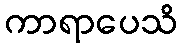
ကာရာပေသိ